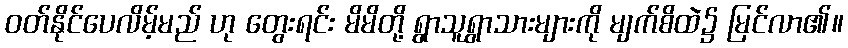
ဝတ်နိုင်ပေလိမ့်မည် ဟု တွေးရင်း မိမိတို့ ရွာသူရွာသားများကို မျက်စိထဲ၌ မြင်လာ၏။